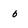
Character: 6